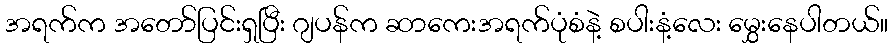
အရက်က အတော်ပြင်းရှပြီး ဂျပန်က ဆာကေးအရက်ပုံစံနဲ့ စပါးနံ့လေး မွှေးနေပါတယ်။